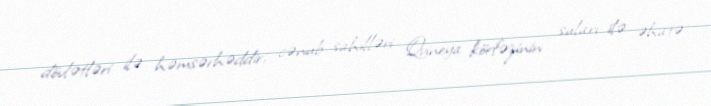
dövlətləri ilə həmsərhəddir, cənub sahilləri Qvineya körfəzinin suları ilə əhatə